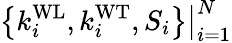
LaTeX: \left\{ k_{i}^{\mathrm{WL}},k_{i}^{\mathrm{WT}},S_{i}\right\} \big|_{i=1}^{N}